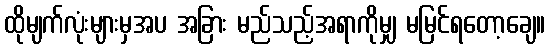
ထိုမျက်လုံးများမှအပ အခြား မည်သည့်အရာကိုမျှ မမြင်ရတော့ချေ။